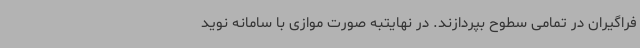
فراگیران در تمامی سطوح بپردازند. در نهایتبه صورت موازی با سامانه نوید